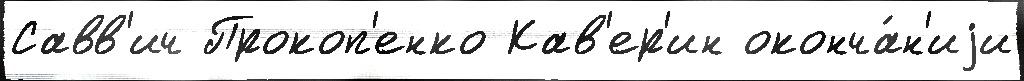
Савв'ич Прокоп'енко Кав'ер'ин оконча́н'иjи